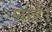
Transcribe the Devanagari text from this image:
लार्ड।